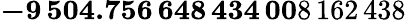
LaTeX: \mathbf{-9\, 504.756\, 648\, 434\, 00}8\, 162\, 438